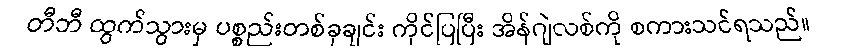
တီဘီ ထွက်သွားမှ ပစ္စည်းတစ်ခုချင်း ကိုင်ပြပြီး အိန်ဂျဲလစ်ကို စကားသင်ရသည်။